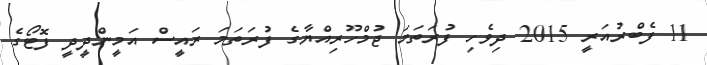
11 ފެބްރުއަރީ 2015 ދިވެހި ފުރަތަމަ ޖުމްހޫރިއްޔާގެ ފުރަތަމަ ރައީސް އަމީންދީދީ ފޮޓޯގެ